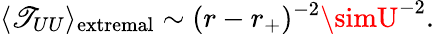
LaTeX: \langle\mathscr{T}_{UU}\rangle_{\mathrm{{extremal}}}\sim(r-r_{+})^{-2}\simU^{-2}.